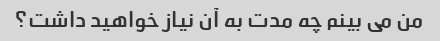
من می بینم چه مدت به آن نیاز خواهید داشت؟